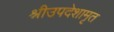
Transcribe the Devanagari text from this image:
श्रीउपदेशामृत